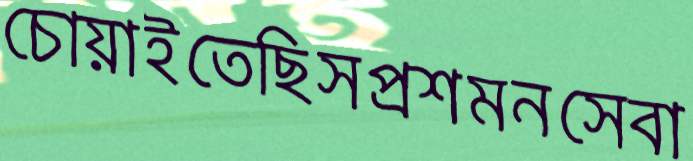
চোয়াইতেছিসপ্রশমনসেবা